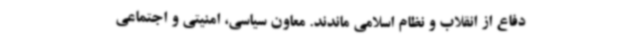
دفاع از انقلاب و نظام اسلامی ماندند. معاون سیاسی، امنیتی و اجتماعی